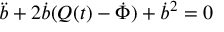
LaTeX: \ddot { b } + 2 \dot { b } ( Q ( t ) - \dot { \Phi } ) + \dot { b } ^ { 2 } = 0